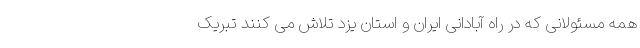
همه مسئولانی که در راه آبادانی ایران و استان یزد تلاش می کنند تبریک